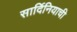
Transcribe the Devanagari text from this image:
सार्दिनियाची